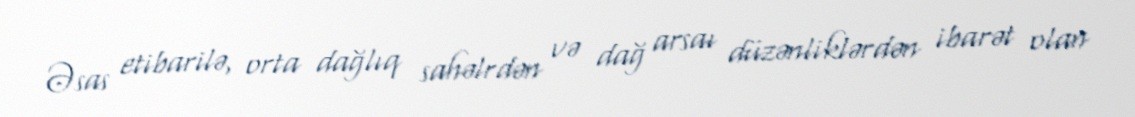
Əsas etibarilə, orta dağlıq sahəlrdən və dağ arsaı düzənliklərdən ibarət olan